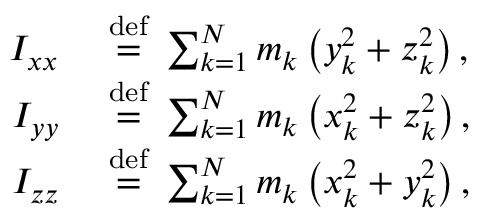
{ \begin{array} { r l } { I _ { x x } \ } & { { \stackrel { \mathrm { d e f } } { = } } \ \sum _ { k = 1 } ^ { N } m _ { k } \left( y _ { k } ^ { 2 } + z _ { k } ^ { 2 } \right) , } \\ { I _ { y y } \ } & { { \stackrel { \mathrm { d e f } } { = } } \ \sum _ { k = 1 } ^ { N } m _ { k } \left( x _ { k } ^ { 2 } + z _ { k } ^ { 2 } \right) , } \\ { I _ { z z } \ } & { { \stackrel { \mathrm { d e f } } { = } } \ \sum _ { k = 1 } ^ { N } m _ { k } \left( x _ { k } ^ { 2 } + y _ { k } ^ { 2 } \right) , } \end{array} }